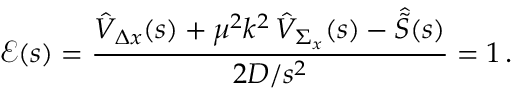
\mathcal { E } ( s ) = \frac { \hat { { \cal V } } _ { \Delta x } ( s ) + \mu ^ { 2 } k ^ { 2 } \, \hat { { \cal V } } _ { \Sigma _ { x } } ( s ) - \hat { { \cal \tilde { S } } } ( s ) } { 2 D / s ^ { 2 } } = 1 \, .